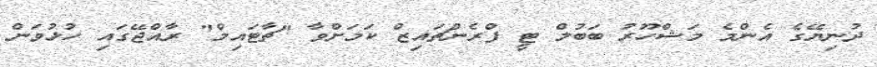
ދުނިޔޭގެ އެންމެ މަޝްހޫރު ބަބުލް ޓީ ފްރެންޗައިޒް ކަމަށްވާ "ޗާޓައިމް" ރާއްޖޭގައި ހުޅުވަން